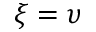
\xi = \upsilon